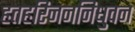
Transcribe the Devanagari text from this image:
हतहरिजननिधुवन